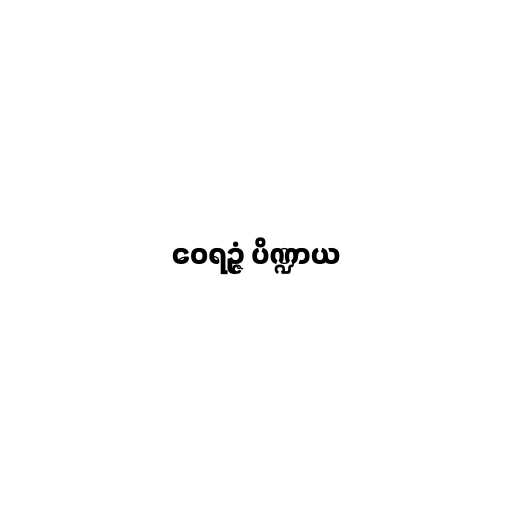
ဝေရဉ္ဇံ ပိဏ္ဍာယ